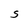
Character: S